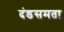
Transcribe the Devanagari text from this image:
दंडसमता